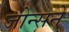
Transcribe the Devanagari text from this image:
जोन्सने